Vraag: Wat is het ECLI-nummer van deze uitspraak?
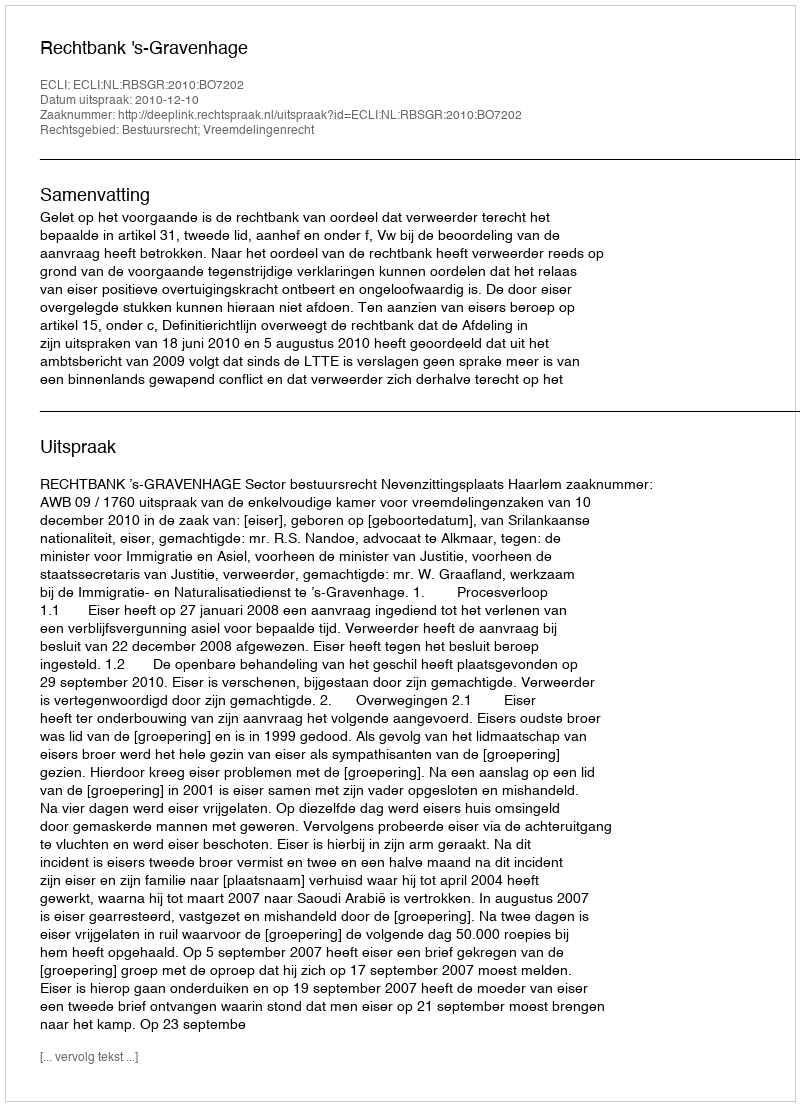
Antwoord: ECLI:NL:RBSGR:2010:BO7202